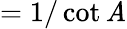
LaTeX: ={1/\cot\mathit{A}}